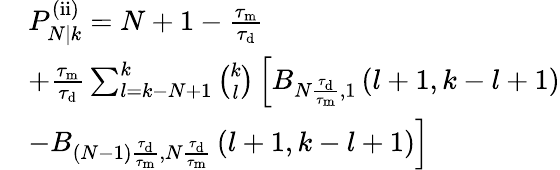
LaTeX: \begin{array}{rl}&{P_{N|k}^{\mathrm{(ii)}}=N+1-\frac{\tau_{\mathrm{m}}}{\tau_{\mathrm{d}}}}\\ &{+\frac{\tau_{\mathrm{m}}}{\tau_{\mathrm{d}}}\sum_{l=k-N+1}^{k}\binom{k}{l}\left[B_{N\frac{\tau_{\mathrm{d}}}{\tau_{\mathrm{m}}},1}\left(l+1,k-l+1\right)\right.}\\ &{\left.-B_{(N-1)\frac{\tau_{\mathrm{d}}}{\tau_{\mathrm{m}}},N\frac{\tau_{\mathrm{d}}}{\tau_{\mathrm{m}}}}\left(l+1,k-l+1\right)\right]}\end{array}